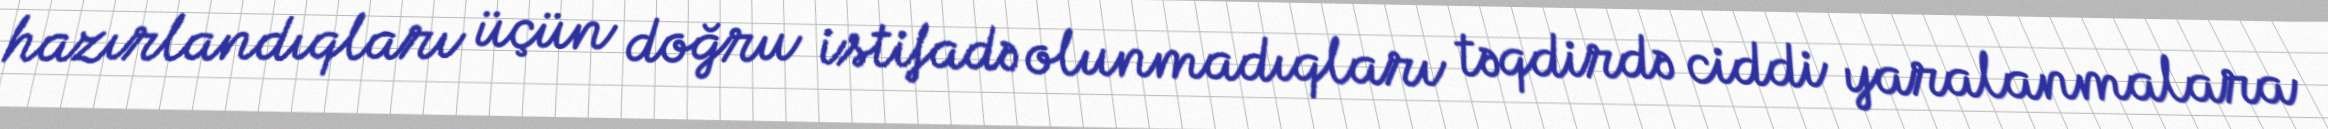
hazırlandıqları üçün doğru istifadə olunmadıqları təqdirdə ciddi yaralanmalara